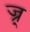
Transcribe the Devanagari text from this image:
ज्र्